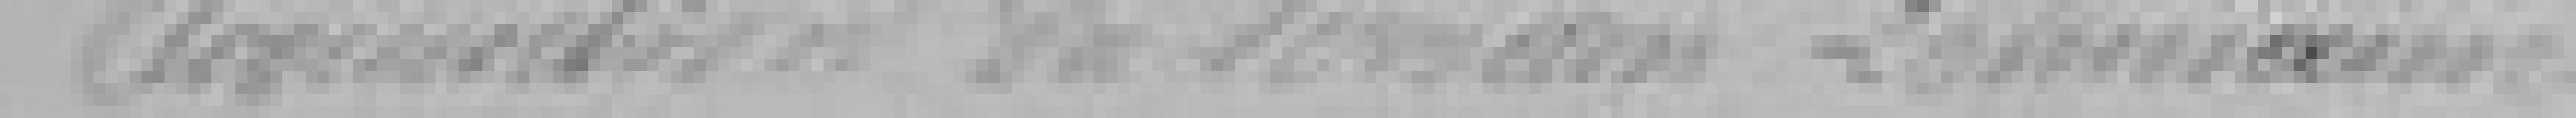
Acquisition du terrain Lehmann